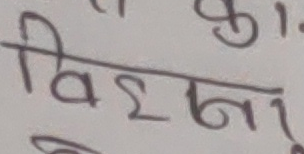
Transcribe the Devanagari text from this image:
विश्ना